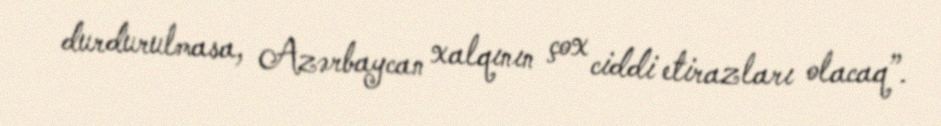
durdurulmasa, Azərbaycan xalqının çox ciddi etirazları olacaq”.